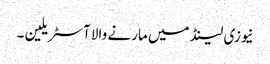
نیوزی لینڈ میں مارنے والا آسٹریلین ۔